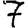
Digit: 7